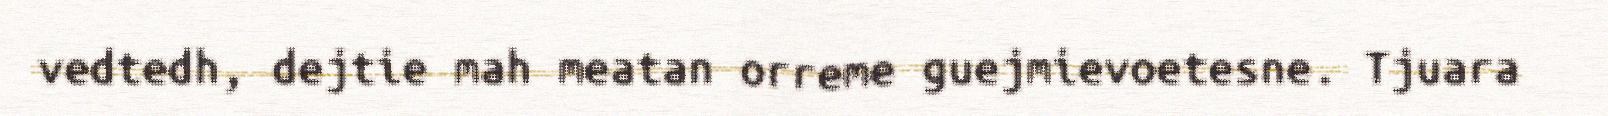
vedtedh, dejtie mah meatan orreme guejmievoetesne. Tjuara